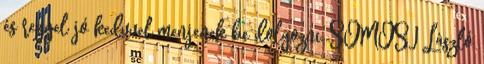
és reggel jó kedvvel menjenek be dolgozni. SOMOSI László